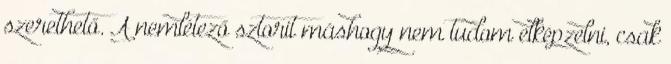
szerethető. A nemlétező sztorit máshogy nem tudom elképzelni, csak